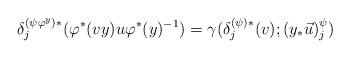
LaTeX: \begin{align*}\delta^{(\psi\varphi^y)\ast}_j(\varphi^\ast(vy)u\varphi^\ast(y)^{-1})= \gamma(\delta^{(\psi)\ast}_j(v);(y_\ast\vec u)^\psi_j)\end{align*}